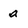
Character: a